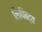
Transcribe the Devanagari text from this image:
लिपिबद्व